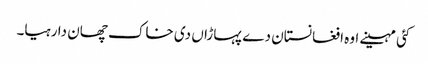
کئی مہینے اوہ افغانستان دے پہاڑاں دی خاک چھان دا رہیا۔